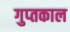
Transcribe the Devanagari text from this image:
गुप्‍तकाल